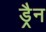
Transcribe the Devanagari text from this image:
ड्रैन